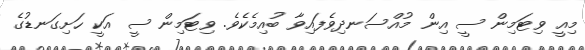
މިއީ ވިޓަމިން ސީ އިން މުއްސަނދިވެފައިވާ ބުއިމެކެވެ. ވިޓަމިން ސީ އަކީ ހަށިގަނޑުގެ